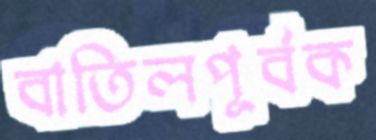
বাতিলপূর্বক